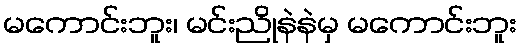
မကောင်းဘူး၊ မင်းညိုနဲနဲမှ မကောင်းဘူး